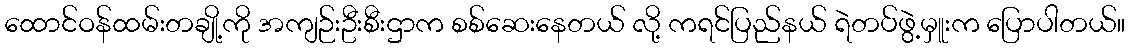
ထောင်ဝန်ထမ်းတချို့ကို အကျဉ်းဦးစီးဌာက စစ်ဆေးနေတယ် လို့ ကရင်ပြည်နယ် ရဲတပ်ဖွဲ့မှူးက ပြောပါတယ်။